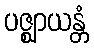
ပဇ္ဈာယန္တံ